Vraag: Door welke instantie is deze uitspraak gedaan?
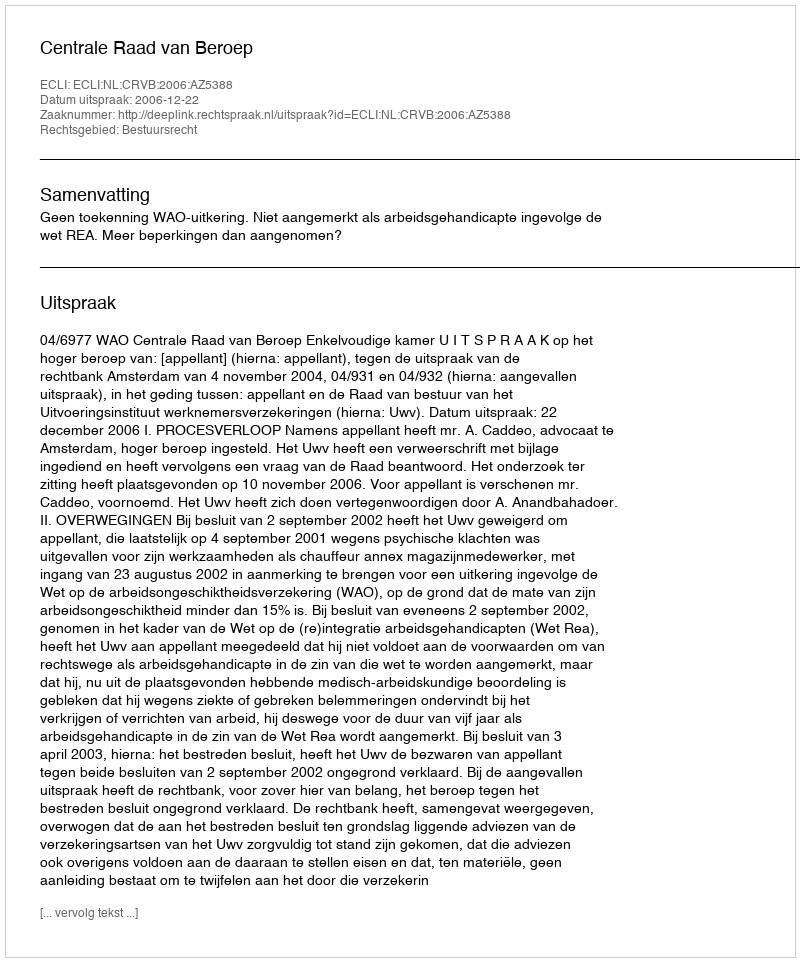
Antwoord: Centrale Raad van Beroep